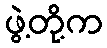
ဖွဲ့တို့က